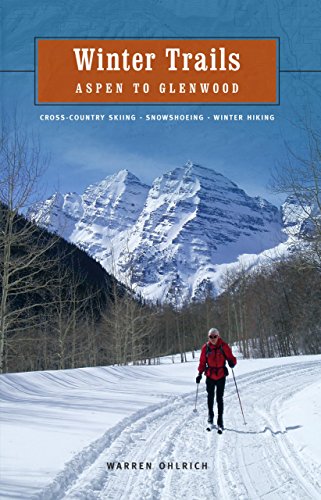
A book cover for Winter Trails: Aspen to Glenwood; Warren Ohlrich; Travel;